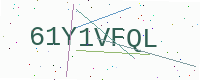
Text: 61Y1VFQL